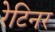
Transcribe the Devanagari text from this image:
रेटिनर